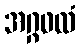
အဂ္ဂဖလံ